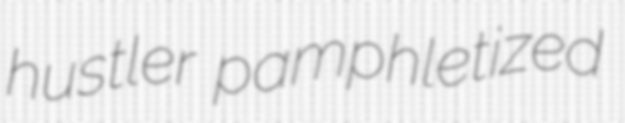
hustler pamphletized